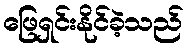
ဖြေရှင်းနိုင်ခဲ့သည်